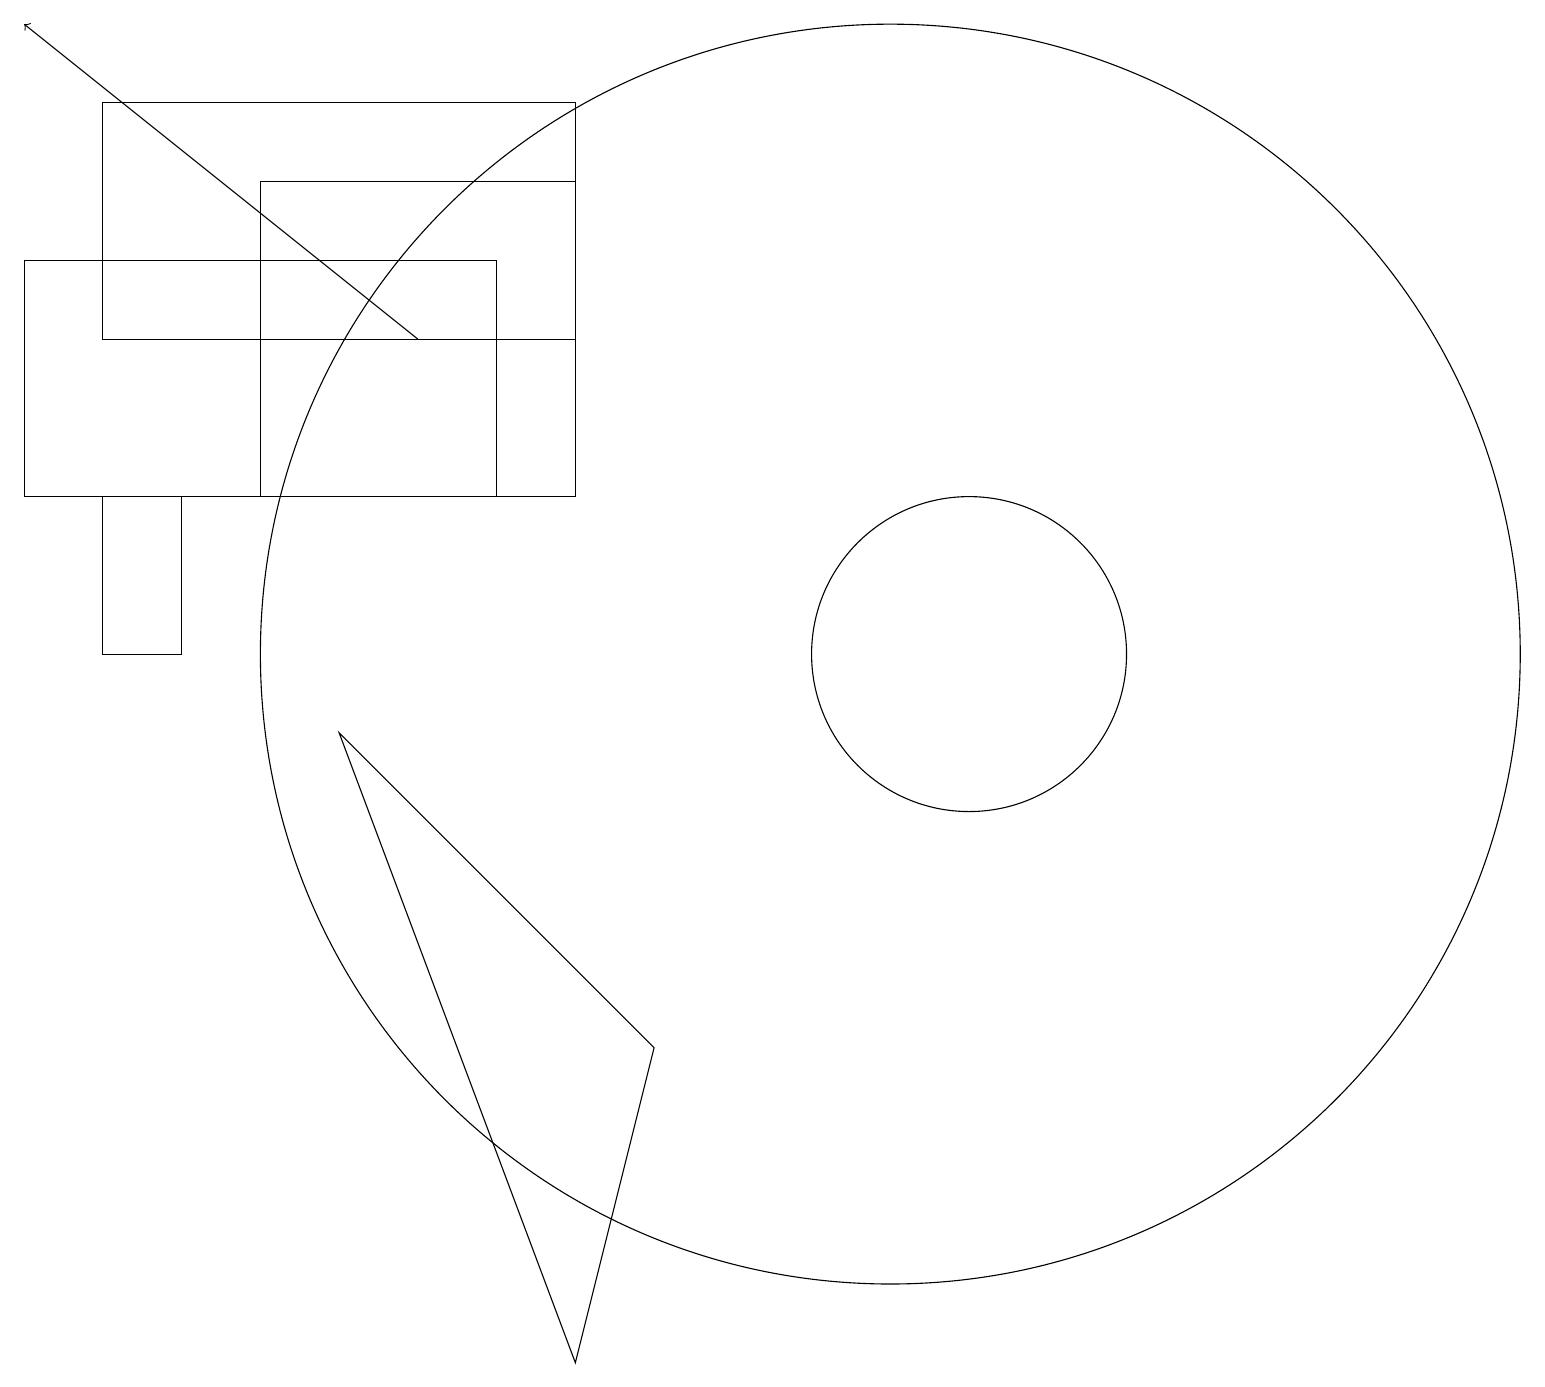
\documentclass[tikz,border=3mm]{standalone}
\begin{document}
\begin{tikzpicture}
\draw (3,12) rectangle (7,16);
\draw[->] (5,14) -- (0,18);
\draw (0,12) rectangle (6,15);
\draw (2,12) rectangle (1,10);
\draw (11,10) circle (8);
\draw (12,10) circle (2);
\draw (8,5) -- (4,9) -- (7,1) -- cycle;
\draw (1,17) rectangle (7,14);
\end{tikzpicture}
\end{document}